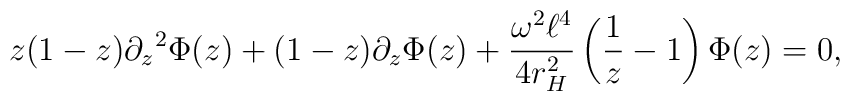
z(1-z) {\partial_z}^2\Phi(z)+(1-z)\partial_z\Phi(z)+\frac{\omega^2\ell^4}{4r_H^2}\left(\frac{1}{z}-1 \right) \Phi(z)=0,